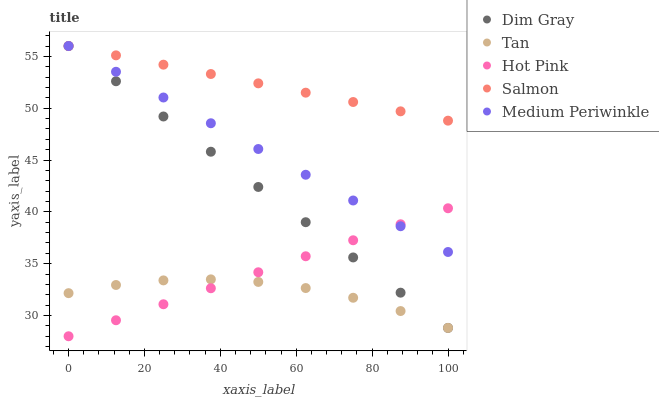
| xaxis_label | Dim Gray | Tan | Hot Pink | Salmon | Medium Periwinkle |
 | --- | --- | --- | --- | --- | --- |
 | 0 | 56 | 32.2 | 28 | 56 | 56 |
 | 12.5 | 52.6 | 32.9 | 29.5 | 55.1 | 53.5 |
 | 25 | 49.2 | 33.4 | 31.1 | 54.2 | 51 |
 | 37.5 | 45.8 | 33.5 | 32.6 | 53.3 | 48.5 |
 | 50 | 42.4 | 33.2 | 34.2 | 52.4 | 46.1 |
 | 62.5 | 39 | 32.7 | 35.7 | 51.5 | 43.6 |
 | 75 | 35.6 | 31.7 | 37.3 | 50.6 | 41.1 |
 | 87.5 | 32.2 | 30.4 | 38.8 | 49.7 | 38.6 |
 | 100 | 28.8 | 28.8 | 40.3 | 48.8 | 36.1 |